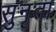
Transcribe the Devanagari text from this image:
सुनृता